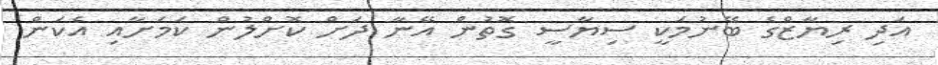
އަދި ރިޔާޒްގެ ބޭނުމަކީ ސިޔާސީ ގޮތުން އޭނާ ދަށް ކޮށްލުން ކަމަށާއި އެކަން